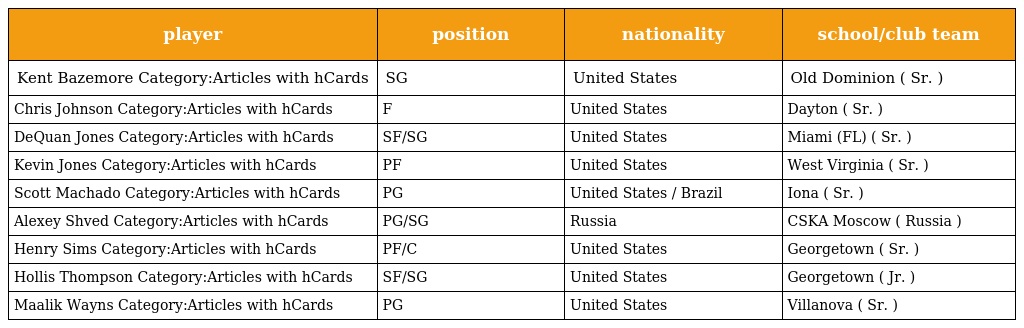
| player | position | nationality | school/club team |
 | --- | --- | --- | --- |
 | Kent Bazemore Category:Articles with hCards | SG | United States | Old Dominion ( Sr. ) |
 | Chris Johnson Category:Articles with hCards | F | United States | Dayton ( Sr. ) |
 | DeQuan Jones Category:Articles with hCards | SF/SG | United States | Miami (FL) ( Sr. ) |
 | Kevin Jones Category:Articles with hCards | PF | United States | West Virginia ( Sr. ) |
 | Scott Machado Category:Articles with hCards | PG | United States / Brazil | Iona ( Sr. ) |
 | Alexey Shved Category:Articles with hCards | PG/SG | Russia | CSKA Moscow ( Russia ) |
 | Henry Sims Category:Articles with hCards | PF/C | United States | Georgetown ( Sr. ) |
 | Hollis Thompson Category:Articles with hCards | SF/SG | United States | Georgetown ( Jr. ) |
 | Maalik Wayns Category:Articles with hCards | PG | United States | Villanova ( Sr. ) |